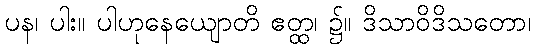
ပန၊ ပါး။ ပါဟုနေယျောတိ ဧတ္ထ၊ ၌။ ဒိသာဝိဒိသတော၊